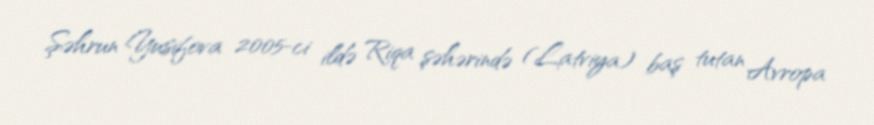
Şəhrun Yusifova 2005-ci ildə Riqa şəhərində (Latviya) baş tutan Avropa